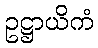
ဥဋ္ဌာယိကံ